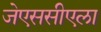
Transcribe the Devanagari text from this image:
जेएससीएला